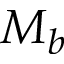
M _ { b }